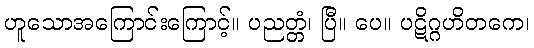
ဟူသောအကြောင်းကြောင့်။ ပညတ္တံ၊ ပြီ။ ပေ။ ပဋိဂ္ဂဟိတကေ၊